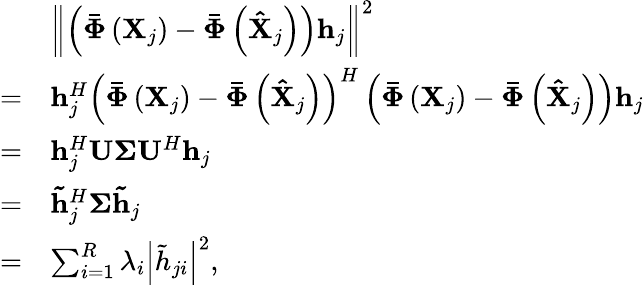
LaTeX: \begin{array}{rl}&{{\left\| {\left({{\mathbf{\bar{\Phi}}}\left({{{\mathbf{X}}_{j}}}\right)-{\mathbf{\bar{\Phi}}}\left({{{{\mathbf{\hat{X}}}}_{j}}}\right)}\right){{\mathbf{h}}_{j}}}\right\| ^{2}}}\\ {=}&{{\mathbf{h}}_{j}^{H}{\left({{\mathbf{\bar{\Phi}}}\left({{{\mathbf{X}}_{j}}}\right)-{\mathbf{\bar{\Phi}}}\left({{{{\mathbf{\hat{X}}}}_{j}}}\right)}\right)^{H}}\left({{\mathbf{\bar{\Phi}}}\left({{{\mathbf{X}}_{j}}}\right)-{\mathbf{\bar{\Phi}}}\left({{{{\mathbf{\hat{X}}}}_{j}}}\right)}\right){{\mathbf{h}}_{j}}}\\ {=}&{{\mathbf{h}}_{j}^{H}{\mathbf{U\Sigma}}{{\mathbf{U}}^{H}}{{\mathbf{h}}_{j}}}\\ {=}&{{\mathbf{\tilde{h}}}_{j}^{H}{\mathbf{\Sigma}}{{{\mathbf{\tilde{h}}}}_{j}}}\\ {=}&{\sum_{i=1}^{R}{{\lambda_{i}}{{\left|{{{\tilde{h}}_{ji}}}\right|}^{2}}},}\end{array}